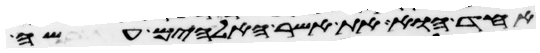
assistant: אחד הוא את אשר האלהים עשה